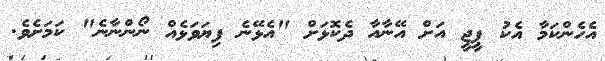
އެހެންކަމާ އެކު ޕީޖީ އަށް އޭނާއާ ދެކޮޅަށް "އެޅޭނެ ފިޔަވަޅެއް ނޯންނާނެ" ކަމަށެވެ.